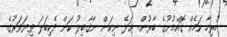
ހުރިހާ ކަމެއް ގޮއްމުށުގެ ބާރުން. ޢަޅޭ ނިކަން ނާޤާބިލު ކަން ދެކިބަލަ ތިޔަވަރުގެ